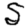
Digit: 5